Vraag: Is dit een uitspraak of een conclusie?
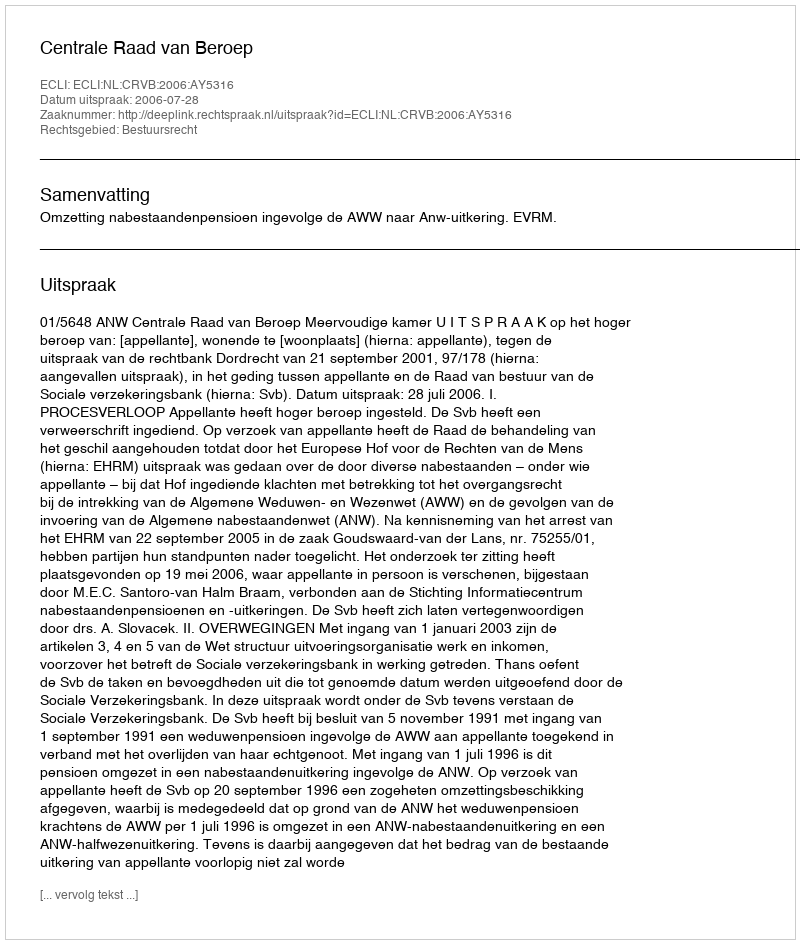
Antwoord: Uitspraak